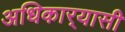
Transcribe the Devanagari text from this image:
अधिकार्‍यासी